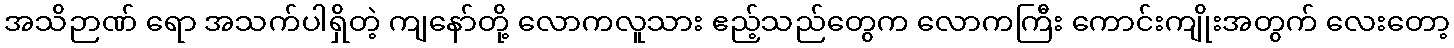
အသိဉာဏ် ရော အသက်ပါရှိတဲ့ ကျနော်တို့ လောကလူသား ဧည့်သည်တွေက လောကကြီး ကောင်းကျိုးအတွက် လေးတော့